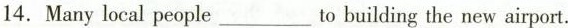
14. Many local people___to building the new airport.